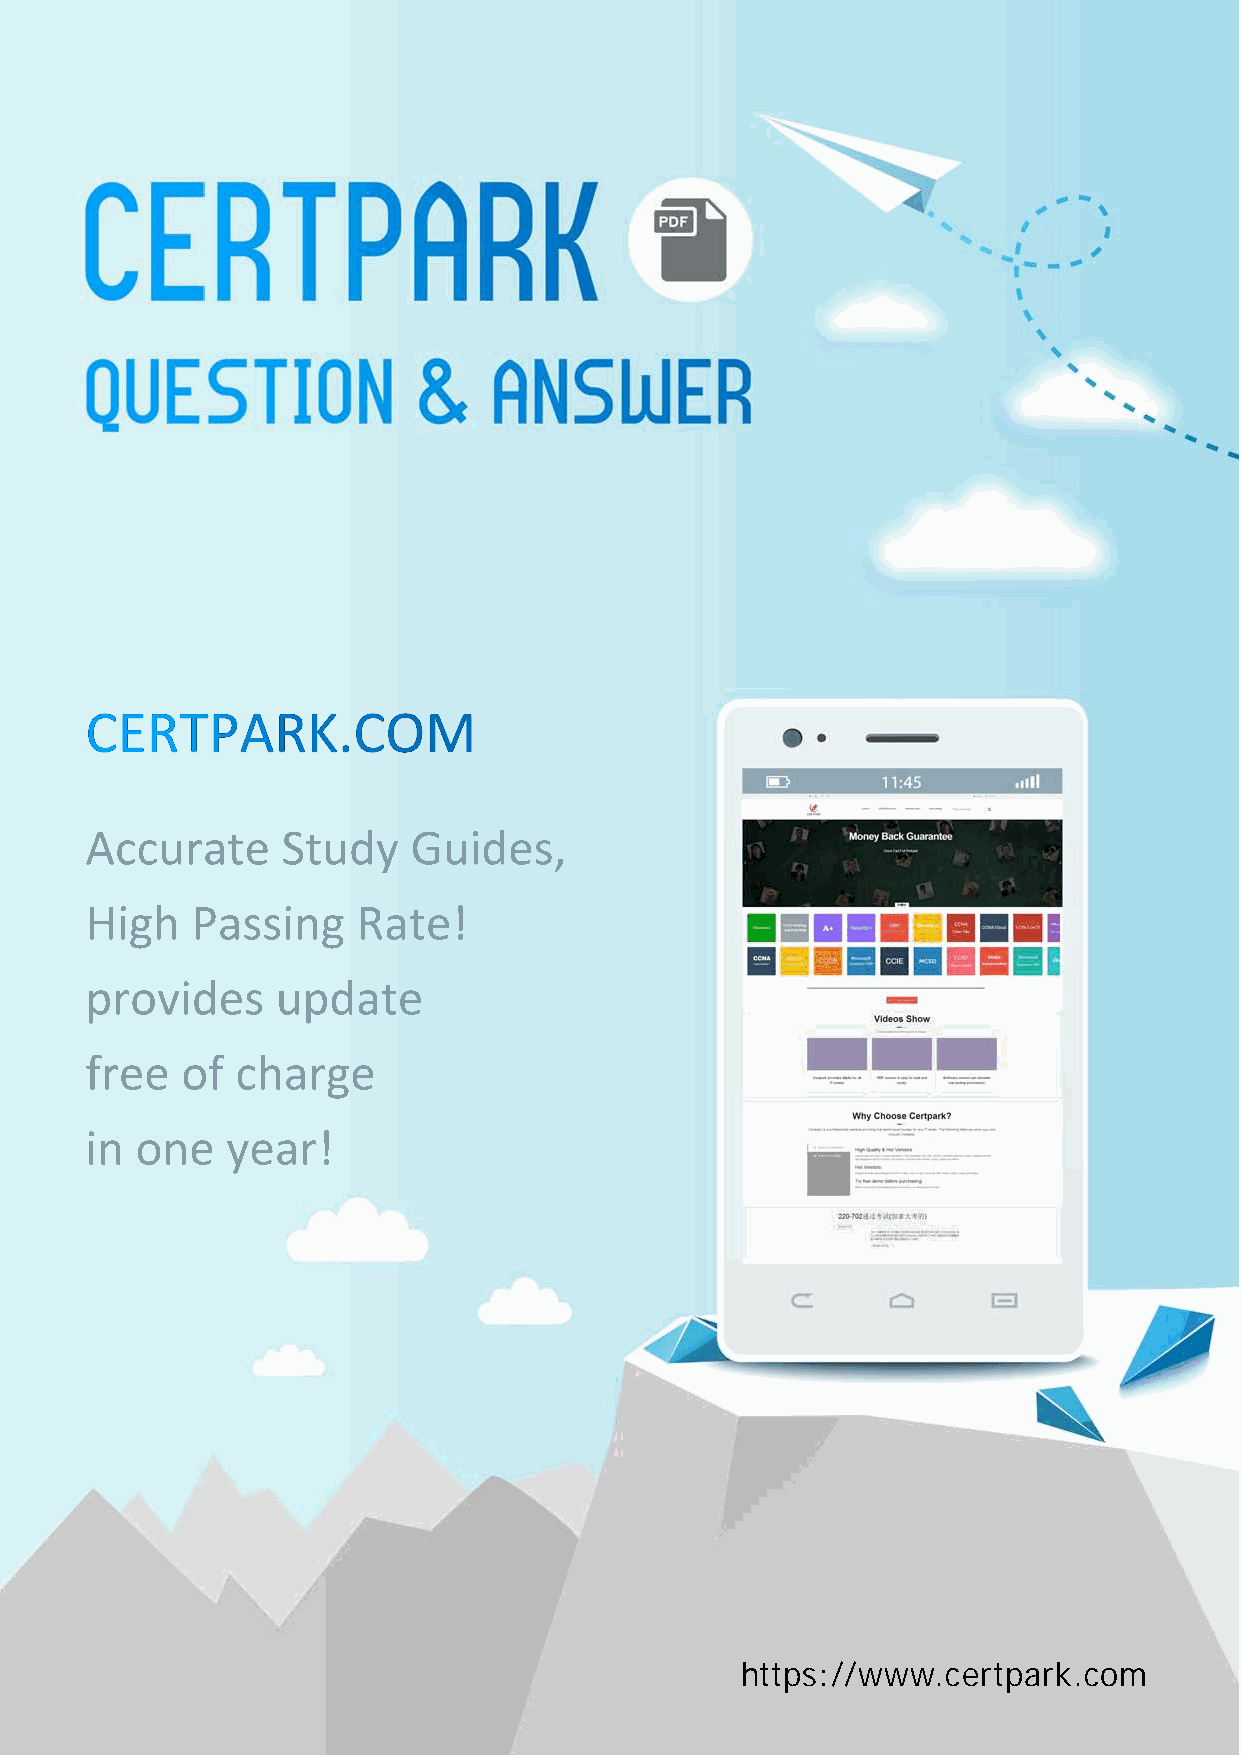
CERTPARK.COM
 Accurate     Study   Guides,
 High   Passing    Rate!
 provides    update
 free  of  charge
 in one   year!
 https://www.certpark.com